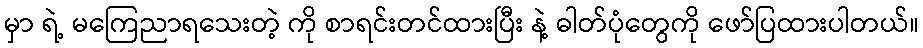
မှာ ရဲ့ မကြေညာရသေးတဲ့ ကို စာရင်းတင်ထားပြီး နဲ့ ဓါတ်ပုံတွေကို ဖော်ပြထားပါတယ်။